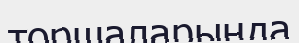
торшаларыңда